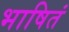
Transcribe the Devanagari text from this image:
भाषितं